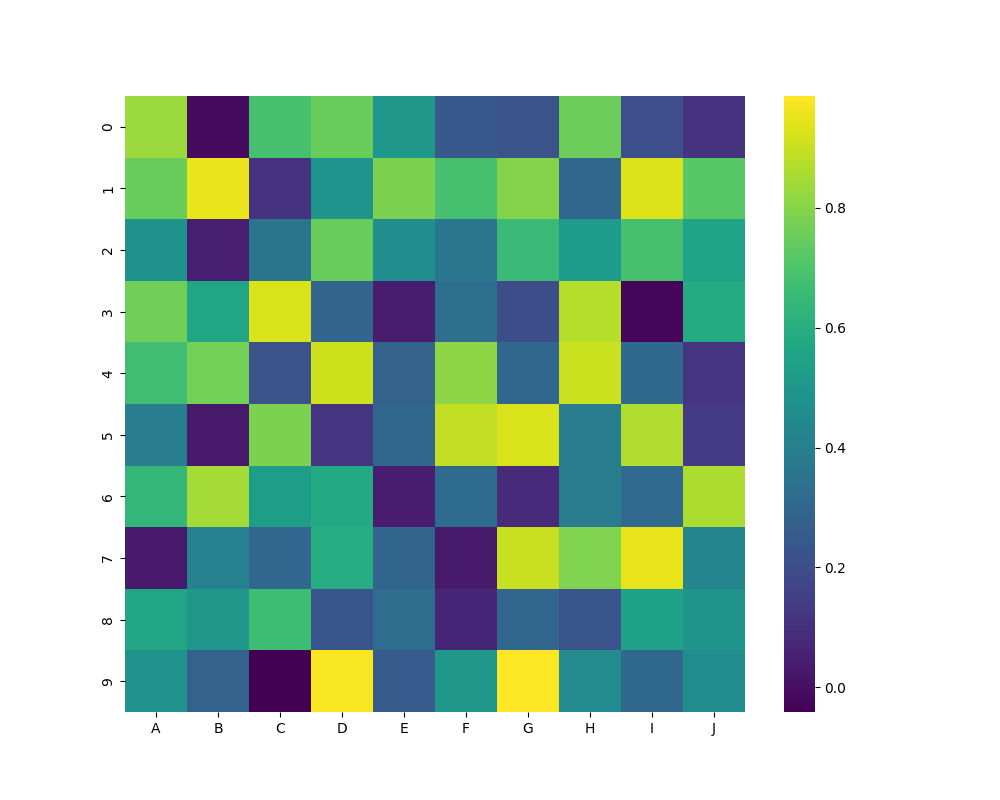
python, seaborn, heatmap, cmap='viridis', linewidths=0.0, center=none